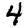
Digit: 4